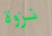
نزوة